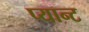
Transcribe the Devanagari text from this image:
प्यान्ट